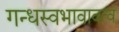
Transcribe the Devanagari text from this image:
गन्धस्वभावावत्वं